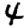
Digit: 4